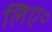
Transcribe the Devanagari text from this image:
लिए॰